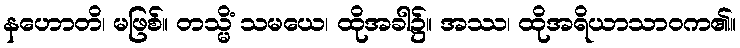
နဟောတိ၊ မဖြစ်။ တသ္မိံ သမယေ၊ ထိုအခါ၌။ အဿ၊ ထိုအရိယာသာဝက၏။